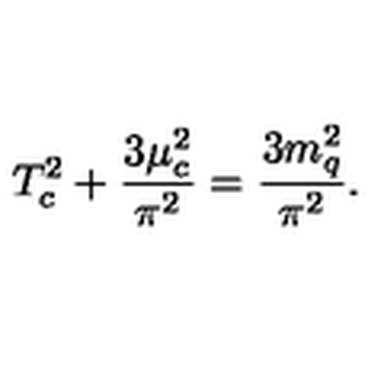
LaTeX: T _ { c } ^ { 2 } + \frac { 3 \mu _ { c } ^ { 2 } } { \pi ^ { 2 } } = \frac { 3 m _ { q } ^ { 2 } } { \pi ^ { 2 } } .